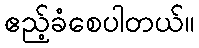
ဧည့်ခံစေပါတယ်။